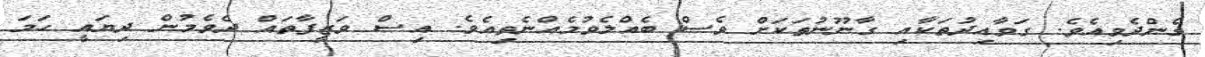
ގެންދެވިއެވެ. ގަވާއިދުތަކާއި ގާނޫނުތަކަށް ވެސް ބެއްލެވުމެއްނެތިއެވެ. އިސް ވަޒީފާތައް ދެވެމުން ދިޔައީ ހަމަ